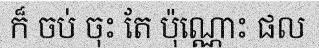
ក៏ ចប់ ចុះ តែ ប៉ុណ្ណោះ ផល